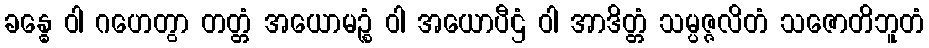
ခန္ဓေ ဝါ ဂဟေတွာ တတ္တံ အယောမဉ္စံ ဝါ အယောပီဌံ ဝါ အာဒိတ္တံ သမ္ပဇ္ဇလိတံ သဇောတိဘူတံ